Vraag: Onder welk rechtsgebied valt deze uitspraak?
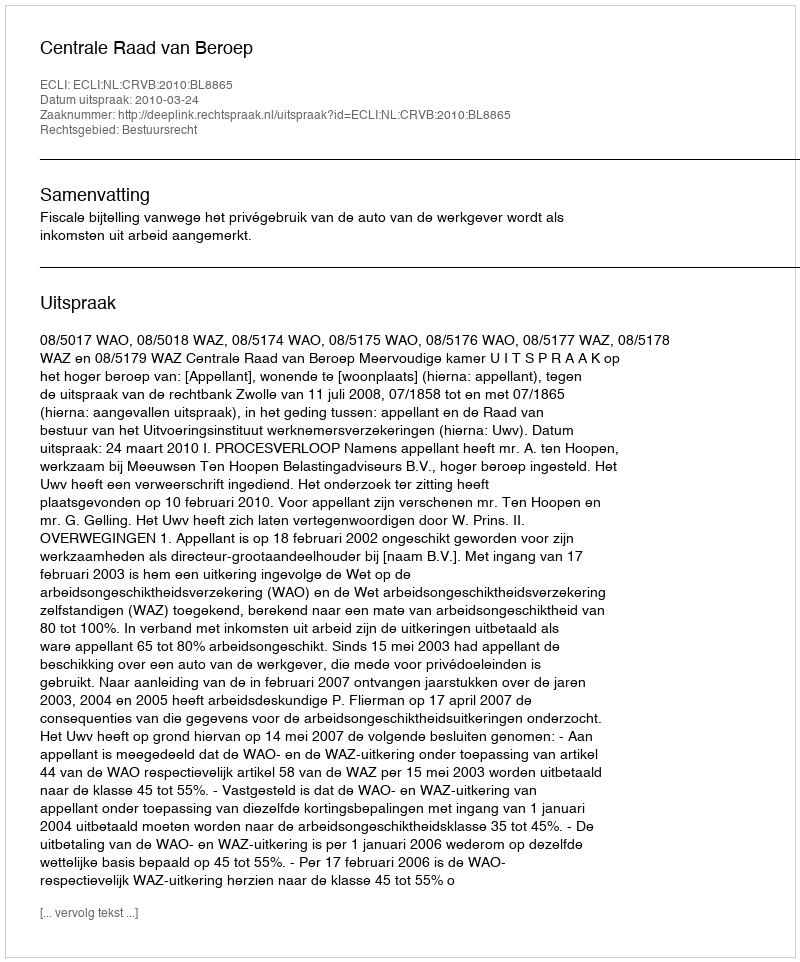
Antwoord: Bestuursrecht